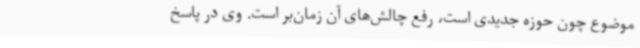
موضوع چون حوزه جدیدی است، رفع چالش‌های آن زمان‌بر است. وی در پاسخ